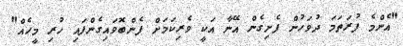
"އެންމެ ފުރަތަމަ ދުވަހުން ފެށިގެން އޭނާ އަކީ ވެރިކަމަށް ފެންބޮވައިގެންފައި ހުރި މީހެއް"